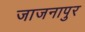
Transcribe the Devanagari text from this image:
जाजनापुर